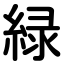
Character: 緑